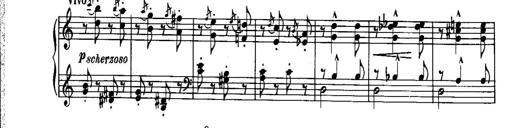
Title: Piano Sonatina No.1, Op.146
Composer: Stephen Heller